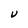
Character: U